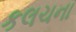
કલચના